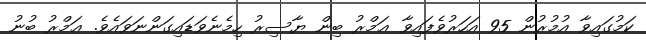
ކަމުގައިވާ އުމުރުން 95 އަހަރުވެފައިވާ ޢަމްރު ބިން ޔާސިރު ހިމެނެވަޑައިގަންނަވައެވެ. ޢަމްރު ބުނު